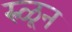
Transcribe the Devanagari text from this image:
रुळून